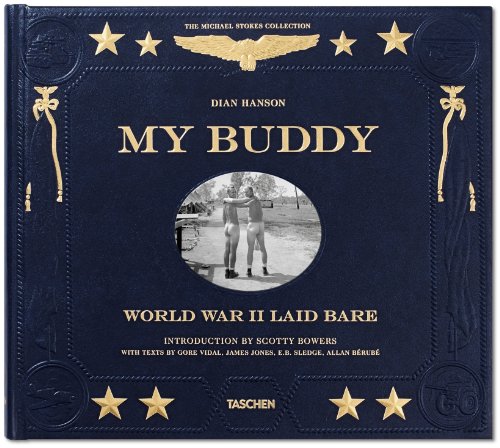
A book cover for My Buddy: World War II Laid Bare; Arts & Photography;